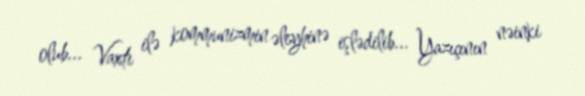
olub... Vaxtı ilə kommunizmin əleyhinə işlədilib... Yazıçının nəinki